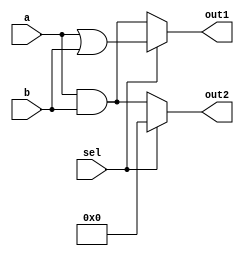
module CombinationalLogicBlock (
    input wire [3:0] a,       // Shared inputs
    input wire [3:0] b,       // Shared inputs
    input wire sel,           // Control signal for multiplexing
    output wire [3:0] out1,   // Output for logic function 1
    output wire [3:0] out2    // Output for logic function 2
);

    // Intermediate signals for logic calculations
    wire [3:0] logic1, logic2;

    // Logic Function 1: Example - a AND b
    assign logic1 = a & b;

    // Logic Function 2: Example - a OR b
    assign logic2 = a | b;

    // Multiplexing logic outputs based on control signal
    assign out1 = sel ? logic2 : logic1; // Output based on selection
    assign out2 = sel ? 4'b0000 : logic1; // Out2 is zero when sel is high

endmodule